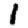
Digit: 1